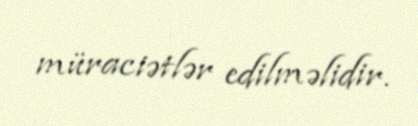
müraciətlər edilməlidir.